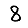
Digit: 8